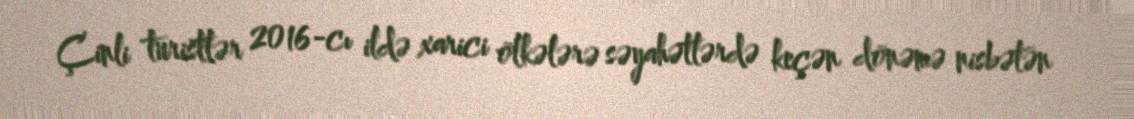
Çinli turistlər 2016-cı ildə xarici ölkələrə səyahətlərdə keçən dönəmə nisbətən